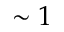
\sim 1